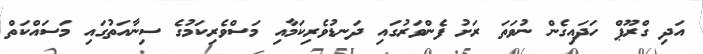
އަދި ގްރޫޕް ހަދައިގެން ނުވަތަ ރަށު ފެންވަރުގައި ދަނޑުވެރިކަމާއި މަސްވެރިކަމުގެ ސިނާއަތުގައި މަސައްކަތް